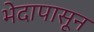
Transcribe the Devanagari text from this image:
भेदापासून